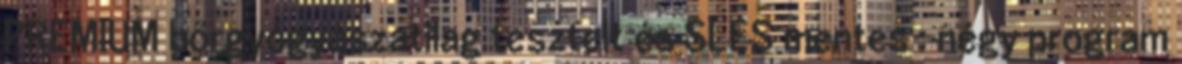
PREMIUM bőrgyógyászatilag tesztelt és SLES mentes : négy program